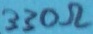
Text: 330Ω